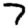
Digit: 7